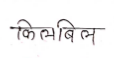
मजकूर: किलबिल